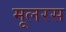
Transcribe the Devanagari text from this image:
मूलरस